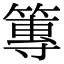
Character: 篿